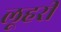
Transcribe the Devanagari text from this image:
लूहरी